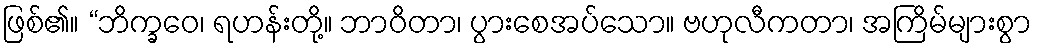
ဖြစ်၏။ “ဘိက္ခဝေ၊ ရဟန်းတို့။ ဘာဝိတာ၊ ပွားစေအပ်သော။ ဗဟုလီကတာ၊ အကြိမ်များစွာ